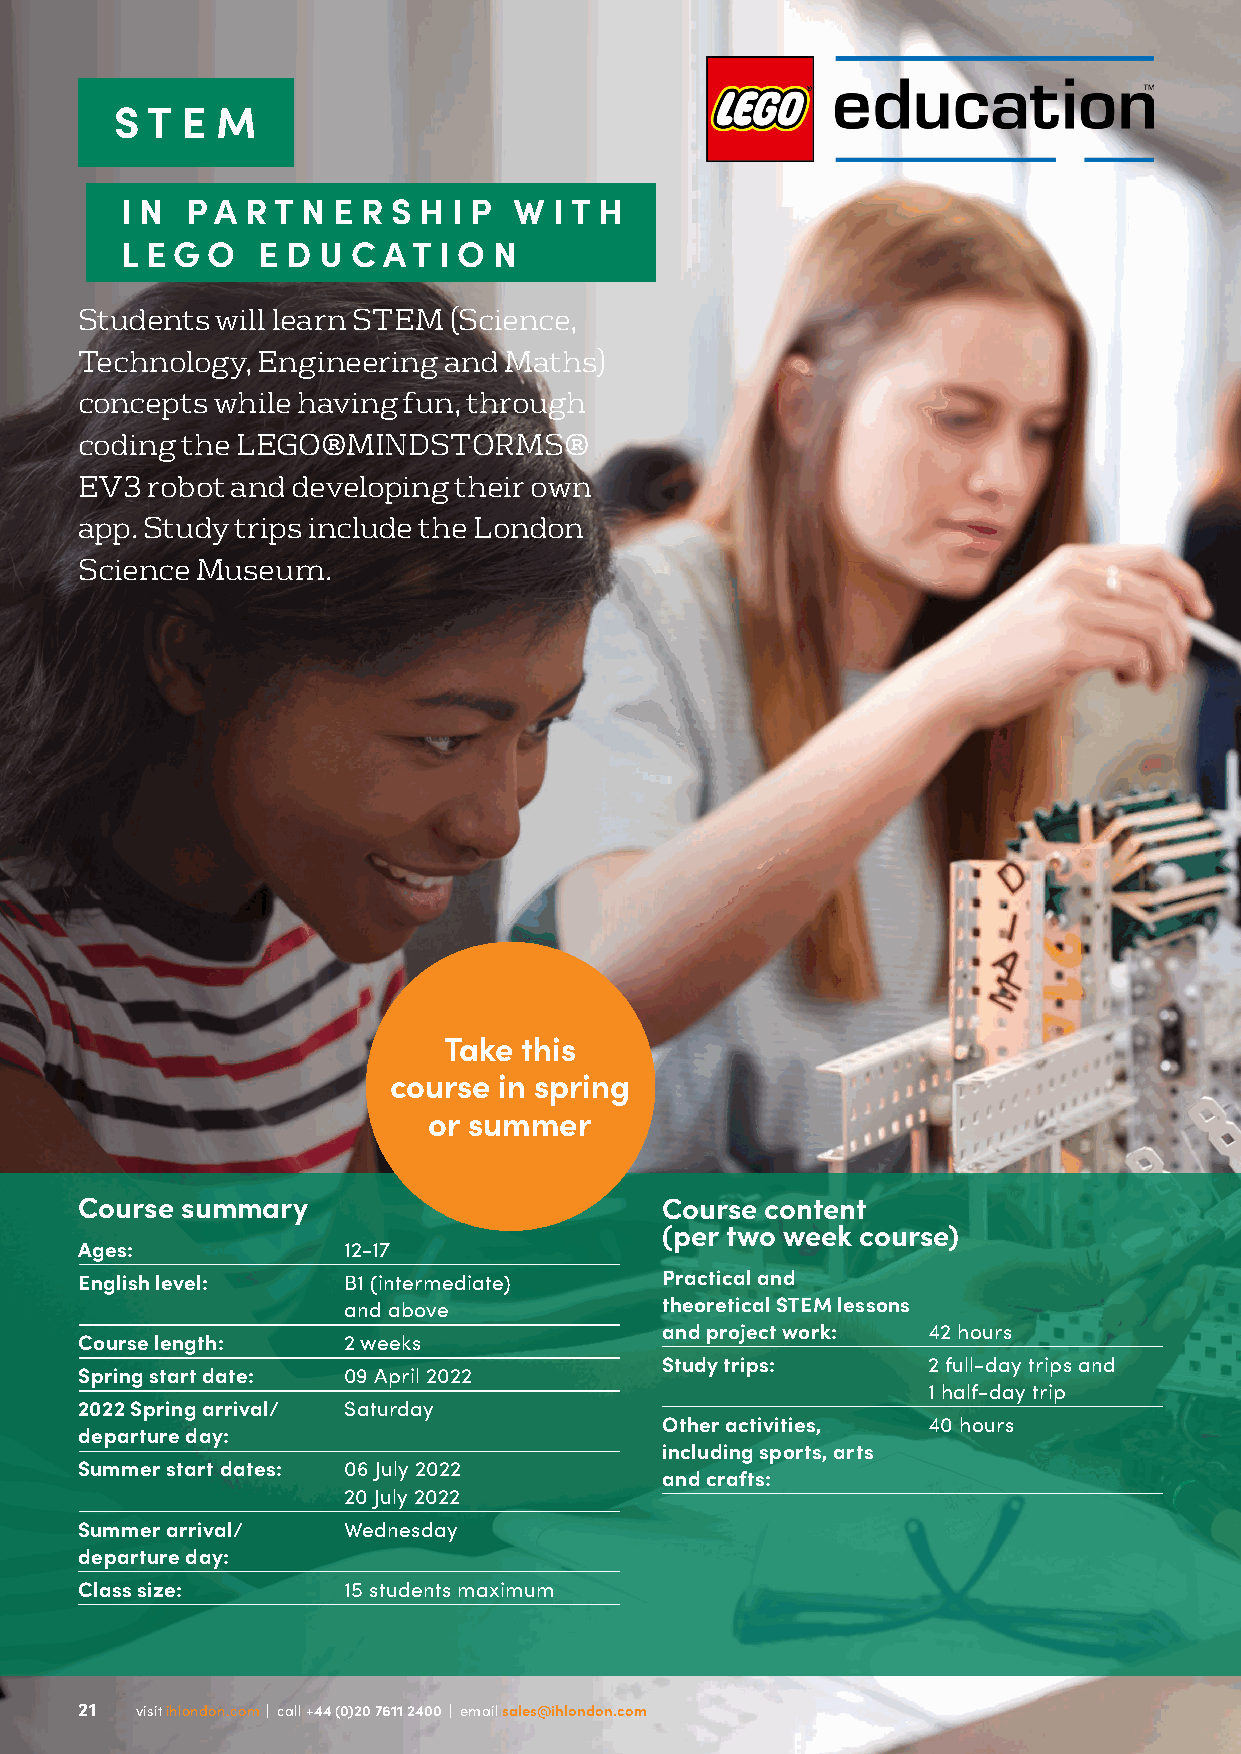
S T E M
 I N PA  R T N E R S H I P W  I T H
 L E G O  E D U C AT  I O N
 Students will learn STEM (Science,
 Technology, Engineering and Maths)
 concepts while having fun, through
 coding the LEGO®MINDSTORMS®
 EV3  robot and developing their own
 app. Study trips include the London
 Science Museum.
 Take  this
 course in spring
 or summer
 Course summary                         Course content
 (per two week course)
 Ages:             12-17
 English level:    B1 (intermediate)    Practical and
 and above            theoretical STEM lessons
 and project work: 42 hours
 Course length:    2 weeks
 Study trips:     2 full-day trips and
 Spring start date: 09 April 2022
 1 half-day trip
 2022 Spring arrival/ Saturday
 Other activities, 40 hours
 departure day:
 including sports, arts
 Summer start dates: 06 July 2022
 and crafts:
 20 July 2022
 Summer arrival/   Wednesday
 departure day:
 Class size:       15 students maximum
 2211 vviissiitt iihhlloonnddoonn..ccoomm || ccaallll ++4444 ((00))2200 77661111 22440000 || eemmaaiill ssaalleess@@iihhlloonnddoonn..ccoomm